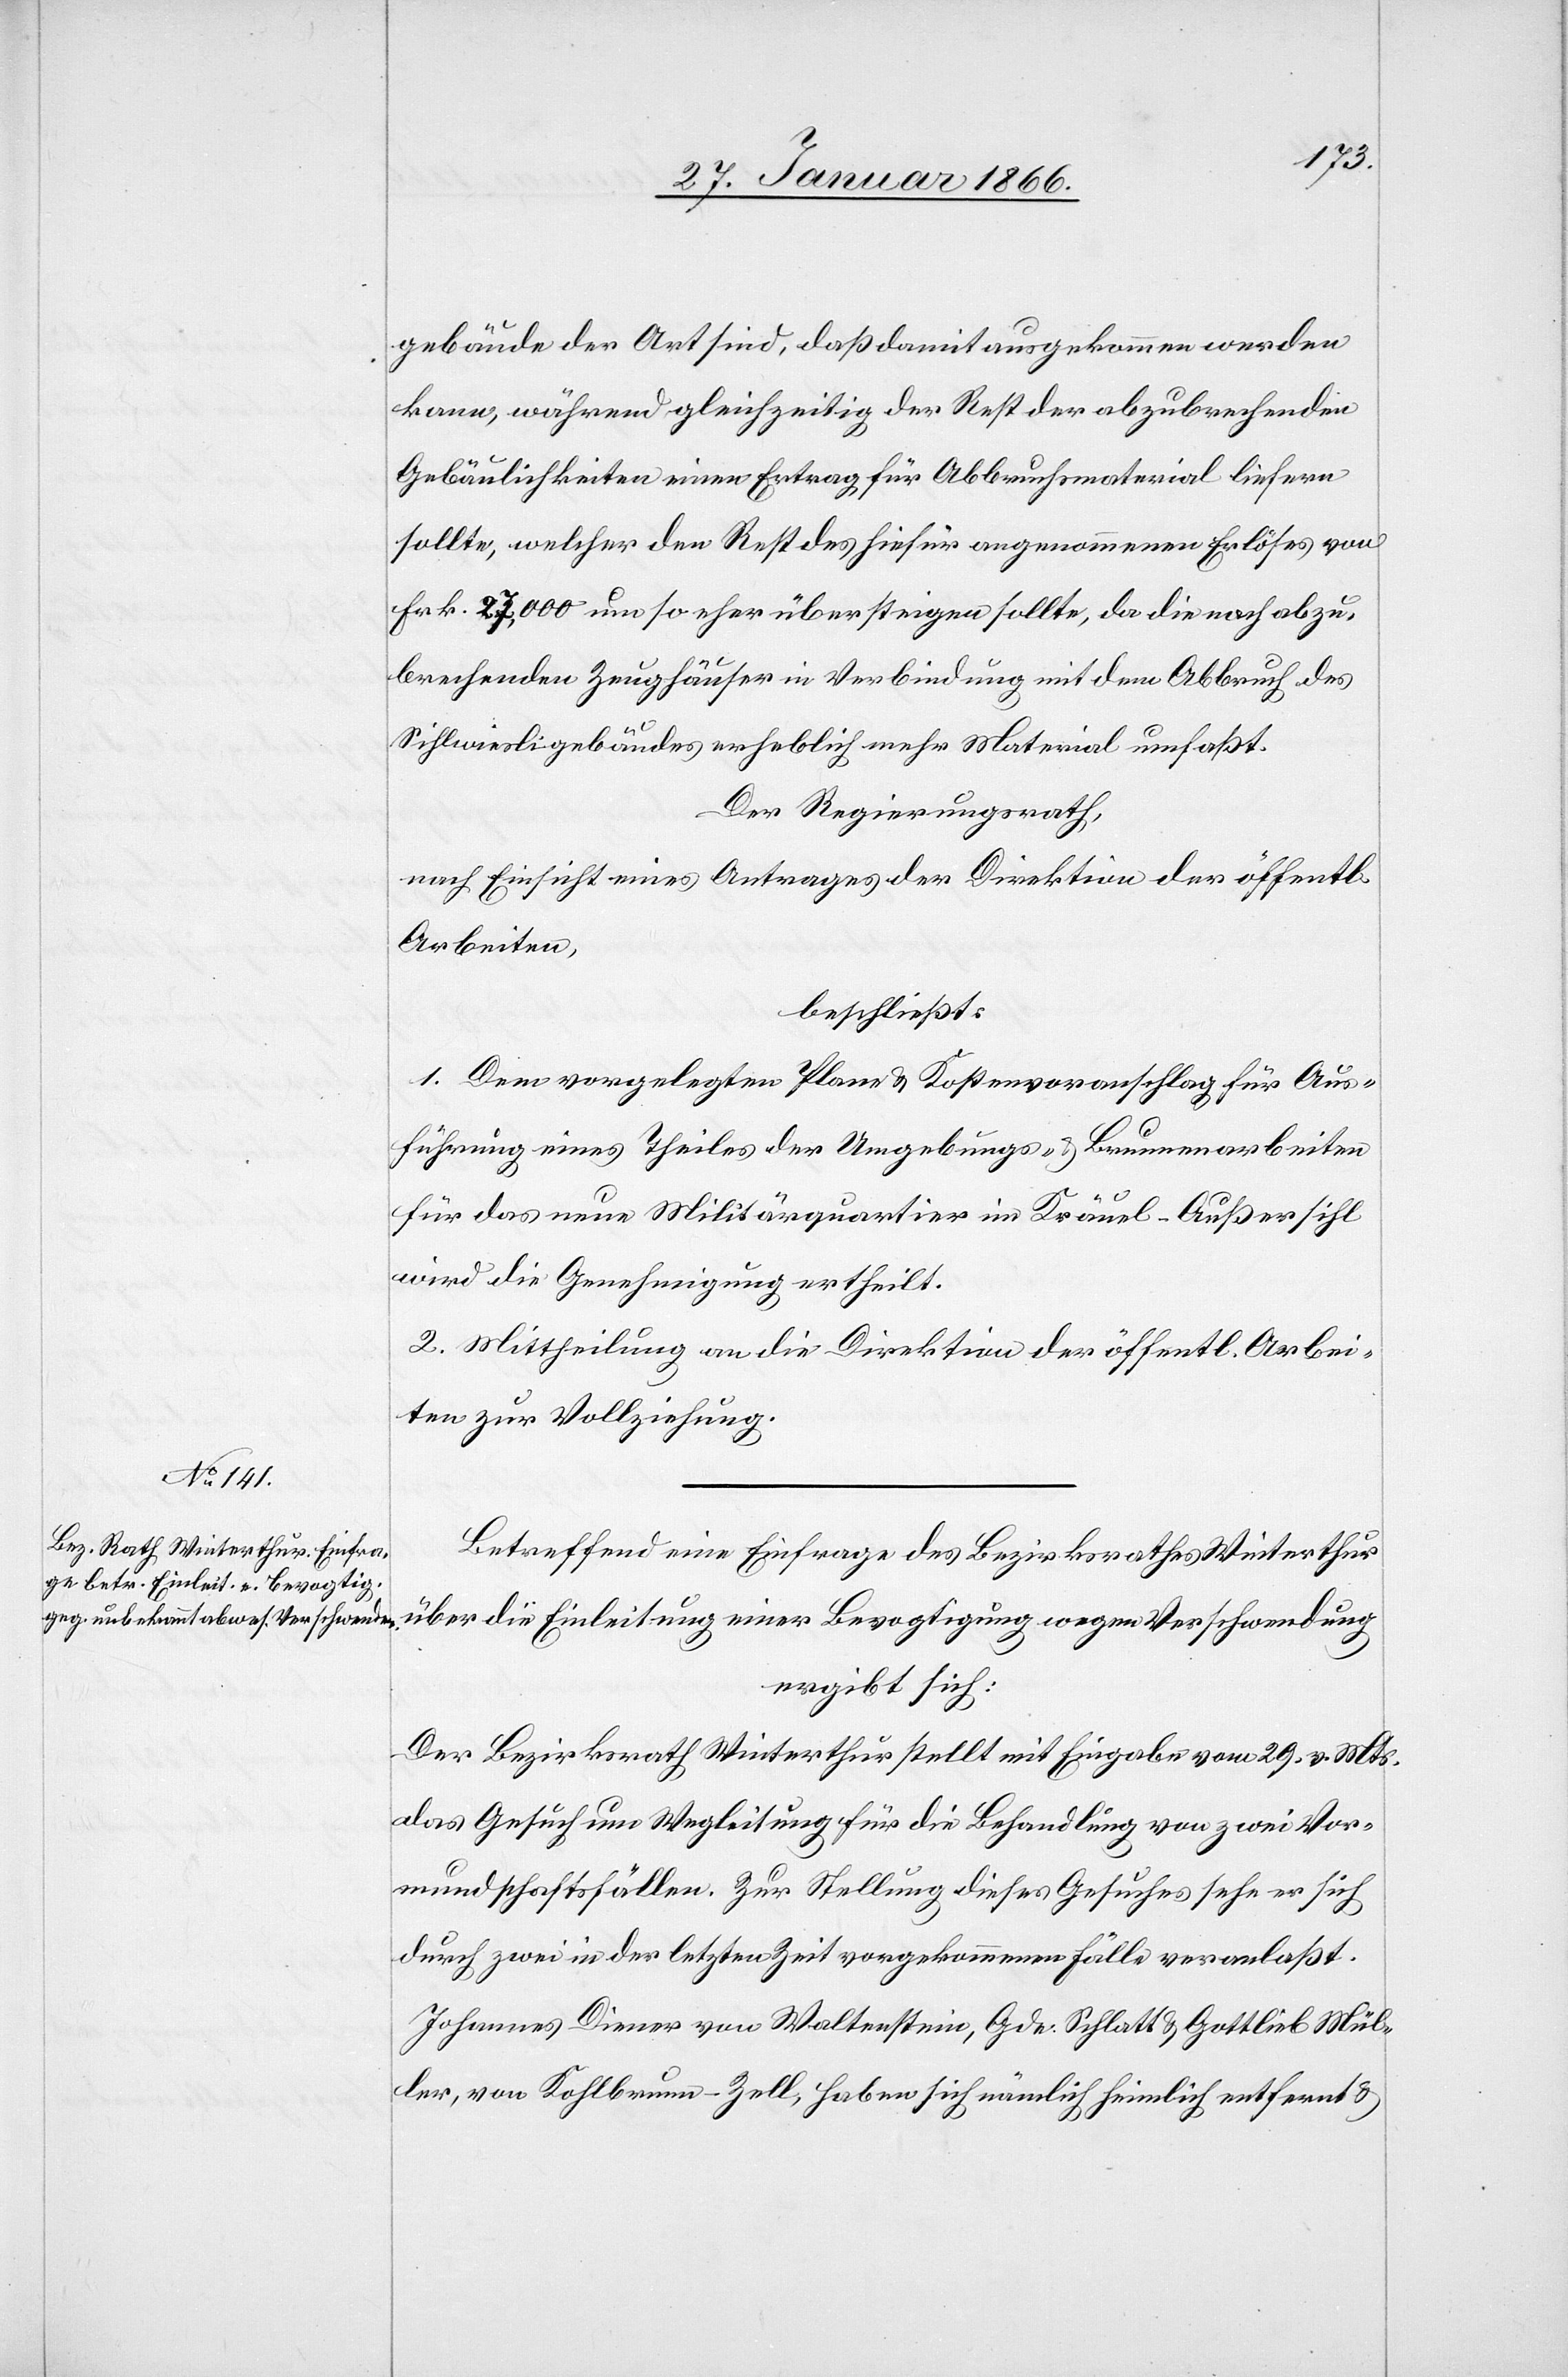
gebäude der Art sind, daß damit ausgekommen werden
kann, während gleichzeitig der Rest der abzurechnenden
Gebäulichkeiten einen Ertrag für Abbruchmaterial liefern
sollte, welcher den Rest des hiefür angenommenen Erlöses von
Frk. 27,000 um so eher übersteigen sollte, da die noch abzu¬
brechenden Zeughäuser in Verbindung mit dem Abbruch des
Sihlwiesligebäudes erheblich mehr Material umfaßt.
Der Regierungsrath,
nach Einsicht eines Antrages der Direktion der öffentl.
Arbeiten,
beschließt:
1. Dem vorgelegten Plane u. Kostenvoranschlag für Aus¬
führung eines Theils der Umgebungs- u. Brunnenarbeiten
für das neue Militärquartier im Kräuel - Außersihl
wird die Genehmigung ertheilt.
2. Mittheilung an die Direktion der öffentl. Arbei¬
ten zur Vollziehung.
Betreffend eine Einfrage des Bezirksrathes Winterthur
über die Einleitung einer Bevogtigung wegen Verschwendung
ergibt sich:
Der Bezirksrath Winterthur stellt mit Eingabe vom 29. v. Mts.
das Gesuch um Wegleitung für die Behandlung von zwei Vor¬
mundschaftsfällen. Zur Stellung dieses Gesuches sehe er sich
durch zwei in der letzten Zeit vorgekommene Fälle veranlaßt.
Johannes Diener von Waltenstein, Gde. Schlatt u. Gottlieb Mül¬
ler, von Kohlbrunn-Zell, haben sich nämlich heimlich entfernt u.